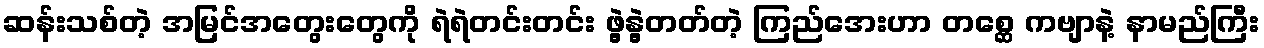
ဆန်းသစ်တဲ့ အမြင်အတွေးတွေကို ရဲရဲတင်းတင်း ဖွဲ့နွဲ့တတ်တဲ့ ကြည်အေးဟာ တစ္ဆေ ကဗျာနဲ့ နာမည်ကြီး